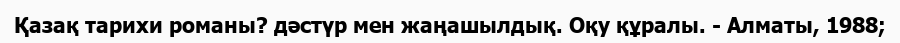
Қазақ тарихи романы? дәстүр мен жаңашылдық. Оқу құралы. - Алматы, 1988;